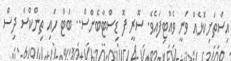
އިސްތަށިކޮޅެއް ވަނީ ވެއްޓިފައެވެ. ސޮރީ ފޮ ޑިސްޓާބެންސް.. ބަޓް ހައި ތިންކްސް ދިސް